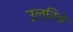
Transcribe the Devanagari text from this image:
उल्रिके